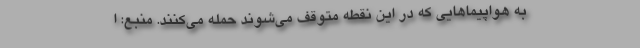
به هواپیماهایی که در این نقطه متوقف می‌شوند حمله می‌کنند. منبع: ا